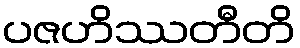
ပဇဟိဿတီတိ